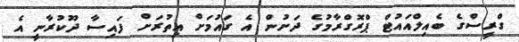
ގްރީސްގެ ބެއިލްއައުޓް ޕްރޮގްރާމުގެ ދަށުން އެ ގައުމަށް އިތުރަށް ފައިސާ ދޫކުރާނީ އެ